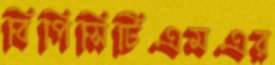
বিপিসিটিএমএর